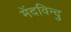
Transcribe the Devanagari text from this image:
मेंदविन्दु